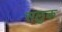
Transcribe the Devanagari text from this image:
सलुक